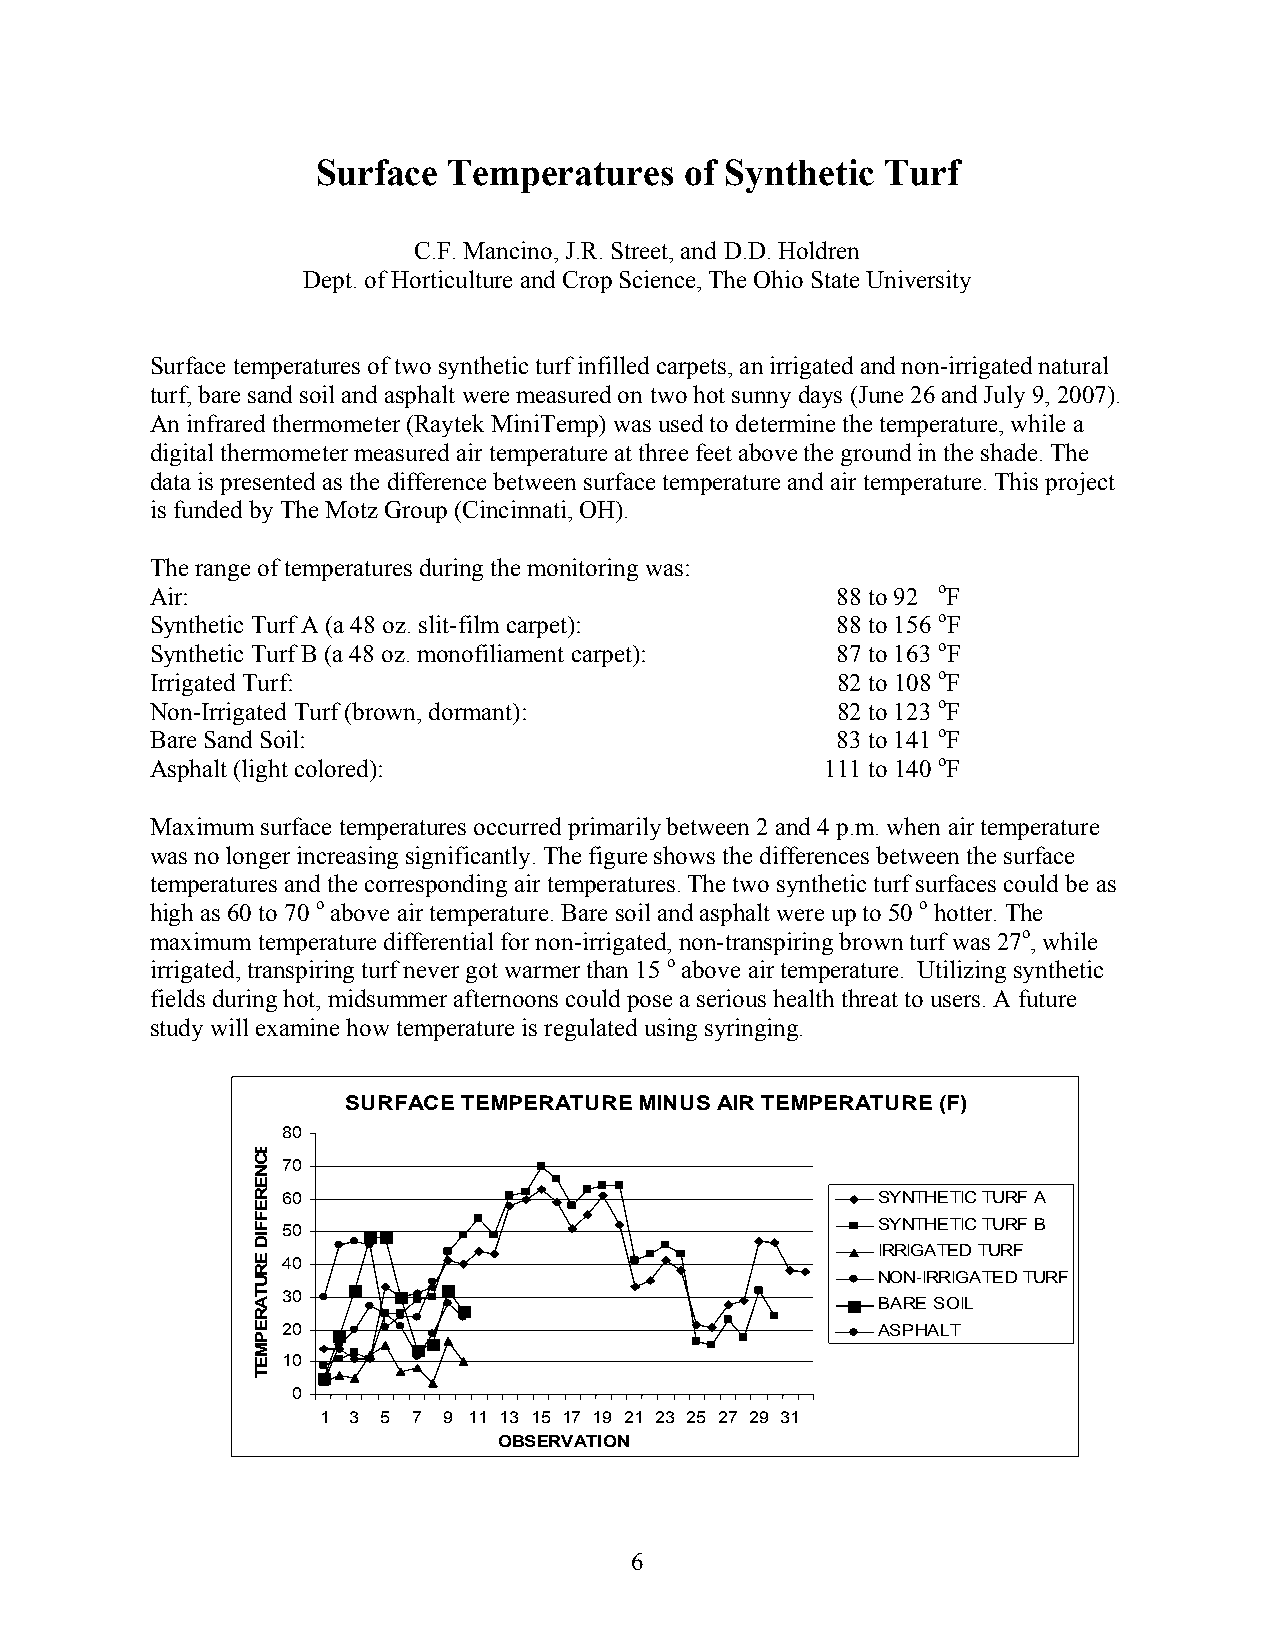
Surface  Temperatures   of Synthetic  Turf
 C.F. Mancino, J.R. Street, and D.D. Holdren
 Dept. of Horticulture and Crop Science, The Ohio State University
 Surface temperatures of two synthetic turf infilled carpets, an irrigated and non-irrigated natural
 turf, bare sand soil and asphalt were measured on two hot sunny days (June 26 and July 9, 2007).
 An infrared thermometer (Raytek MiniTemp) was used to determine the temperature, while a
 digital thermometer measured air temperature at three feet above the ground in the shade. The
 data is presented as the difference between surface temperature and air temperature. This project
 is funded by The Motz Group (Cincinnati, OH).
 The range of temperatures during the monitoring was:
 Air:                                         88 to 92 oF
 Synthetic Turf A (a 48 oz. slit-film carpet): 88 to 156 oF
 Synthetic Turf B (a 48 oz. monofiliament carpet): 87 to 163 oF
 Irrigated Turf:                              82 to 108 oF
 Non-Irrigated Turf (brown, dormant):         82 to 123 oF
 Bare Sand Soil:                              83 to 141 oF
 Asphalt (light colored):                     111 to 140 oF
 Maximum surface temperatures occurred primarily between 2 and 4 p.m. when air temperature
 was no longer increasing significantly. The figure shows the differences between the surface
 temperatures and the corresponding air temperatures. The two synthetic turf surfaces could be as
 high as 60 to 70 o above air temperature. Bare soil and asphalt were up to 50 o hotter. The
 maximum temperature differential for non-irrigated, non-transpiring brown turf was 27o, while
 irrigated, transpiring turf never got warmer than 15 o above air temperature. Utilizing synthetic
 fields during hot, midsummer afternoons could pose a serious health threat to users. A future
 study will examine how temperature is regulated using syringing.
 SURFACE TEMPERATURE MINUS AIR TEMPERATURE (F)
 80
 70
 60                                     SYNTHETIC TURF A
 SYNTHETIC TURF B
 50
 IRRIGATED TURF
 40
 NON-IRRIGATED TURF
 30
 BARE SOIL
 20                                     ASPHALT
 10
 0
 1 3 5 7 9 11 13 15 17 19 21 23 25 27 29 31
 OBSERVATION
 6
 ECNEREFFID
 ERUTAREPMET